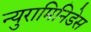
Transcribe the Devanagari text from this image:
न्युरामिनिडेस